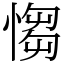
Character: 㥮